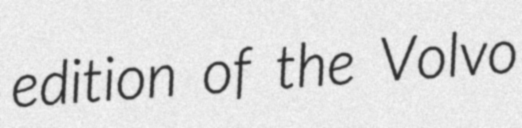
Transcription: edition of the Volvo